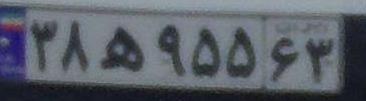
۳۸ه۹۵۵۶۳